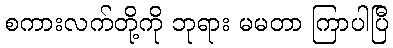
စကားလက်တို့ကို ဘုရား မမတာ ကြာပါပြီ